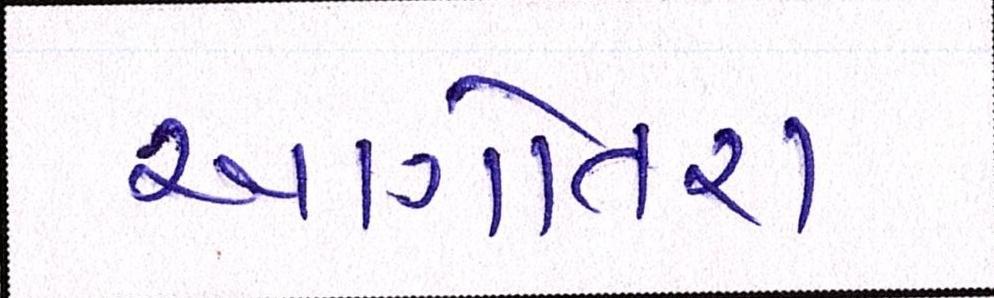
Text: આગોતરાં